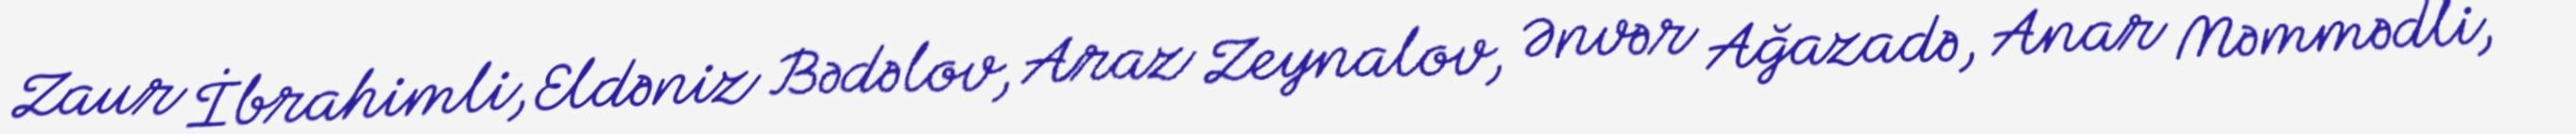
Zaur İbrahimli, Eldəniz Bədəlov, Araz Zeynalov, Ənvər Ağazadə, Anar Məmmədli,